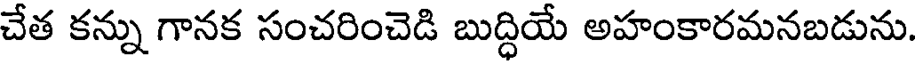
చేత కన్ను గానక సంచరించెడి బుద్ధియే అహంకారమనబడును.